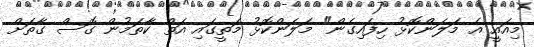
މިއައީ އެ މަލަންކޮޅު ހިފައިގެން" މަލަންކޮޅު މަތީގައި އަތް ކާތަމުން ގޮސް ގާތަށް